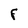
Character: F